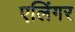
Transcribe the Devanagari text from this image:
एलिंगर